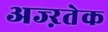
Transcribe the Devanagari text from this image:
अज्ऱतेक